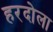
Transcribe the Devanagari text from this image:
हरदोला